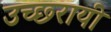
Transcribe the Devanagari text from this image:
उच्छ्रायी